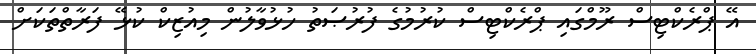
އޭ ޕްރެކްޓިސް ރޫމްގައި ޕްރެކްޓިސް ކުރުމުގެ ފުރުޞަތު ހުޅުވާލުން މިއުޒިކް ކުޅޭ ފަރާތްތަކަށް